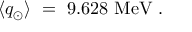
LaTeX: \langle q _ { \odot } \rangle \ = \ 9 . 6 2 8 ~ \mathrm { M e V } ~ .